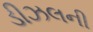
ડીઝલની